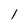
Character: I